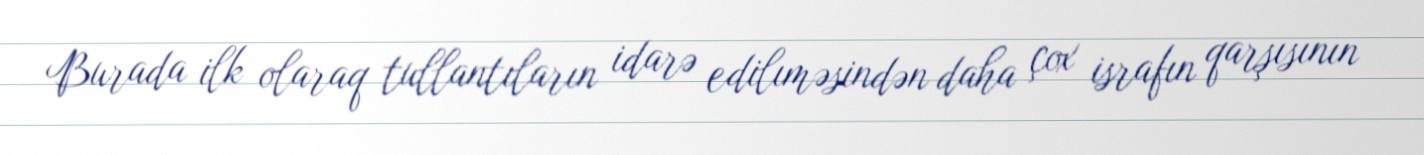
Burada ilk olaraq tullantıların idarə edilıməsindən daha çox israfın qarşısının